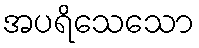
အပရိသေသော